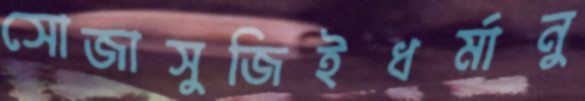
সোজাসুজিইধর্মানু